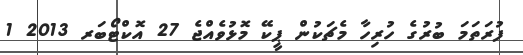
ފުރަތަމަ ބުރުގެ ހުރިހާ މެޗަކުން ޕީކޭ މޮޅުވެއްޖެ 27 އޮކްޓޯބަރ 2013 1